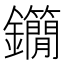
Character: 𨰓